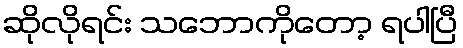
ဆိုလိုရင်း သဘောကိုတော့ ရပါပြီ